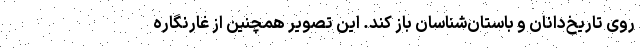
روی تاریخ‌دانان و باستان‌شناسان باز کند. این تصویر همچنین از غارنگاره